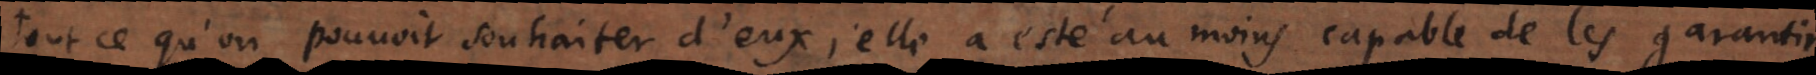
tout ce qu’on pouvoit souhaiter d’eux; elle a esté au moins capable de les garantir